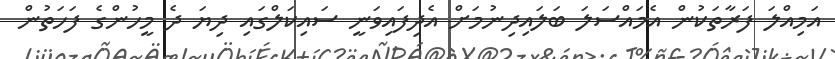
އަމިއްލަ ފަރާތަކުން އެމައްސަލަ ބަލައިދިނުމަށް އެދިފައިވަނީ ސައިކަލްގައި ދިޔަ ދެ މީހުންގެ ފަހަތުން